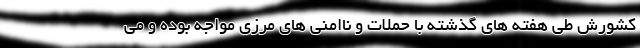
کشورش طی هفته های گذشته با حملات و ناامنی های مرزی مواجه بوده و می